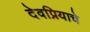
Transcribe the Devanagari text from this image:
देवप्रियाचे